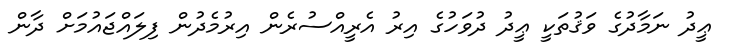
ޢީދު ނަމާދުގެ ވަޤުތަކީ ޢީދު ދުވަހުގެ އިރު އެރީއްސުރެން އިރުމެދުން ފިލައްޖައުމަށް ދާން